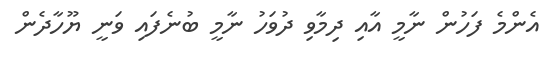
އެންމެ ފަހުން ނާމީ އާއި ދިމާވި ދުވަހު ނާމީ ބުނެފައި ވަނީ ޔޫހާދެން